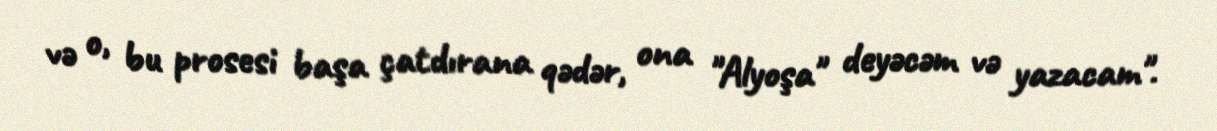
və o, bu prosesi başa çatdırana qədər, ona "Alyoşa" deyəcəm və yazacam".